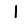
Digit: 1